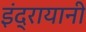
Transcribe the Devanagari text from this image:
इंद्रायानी